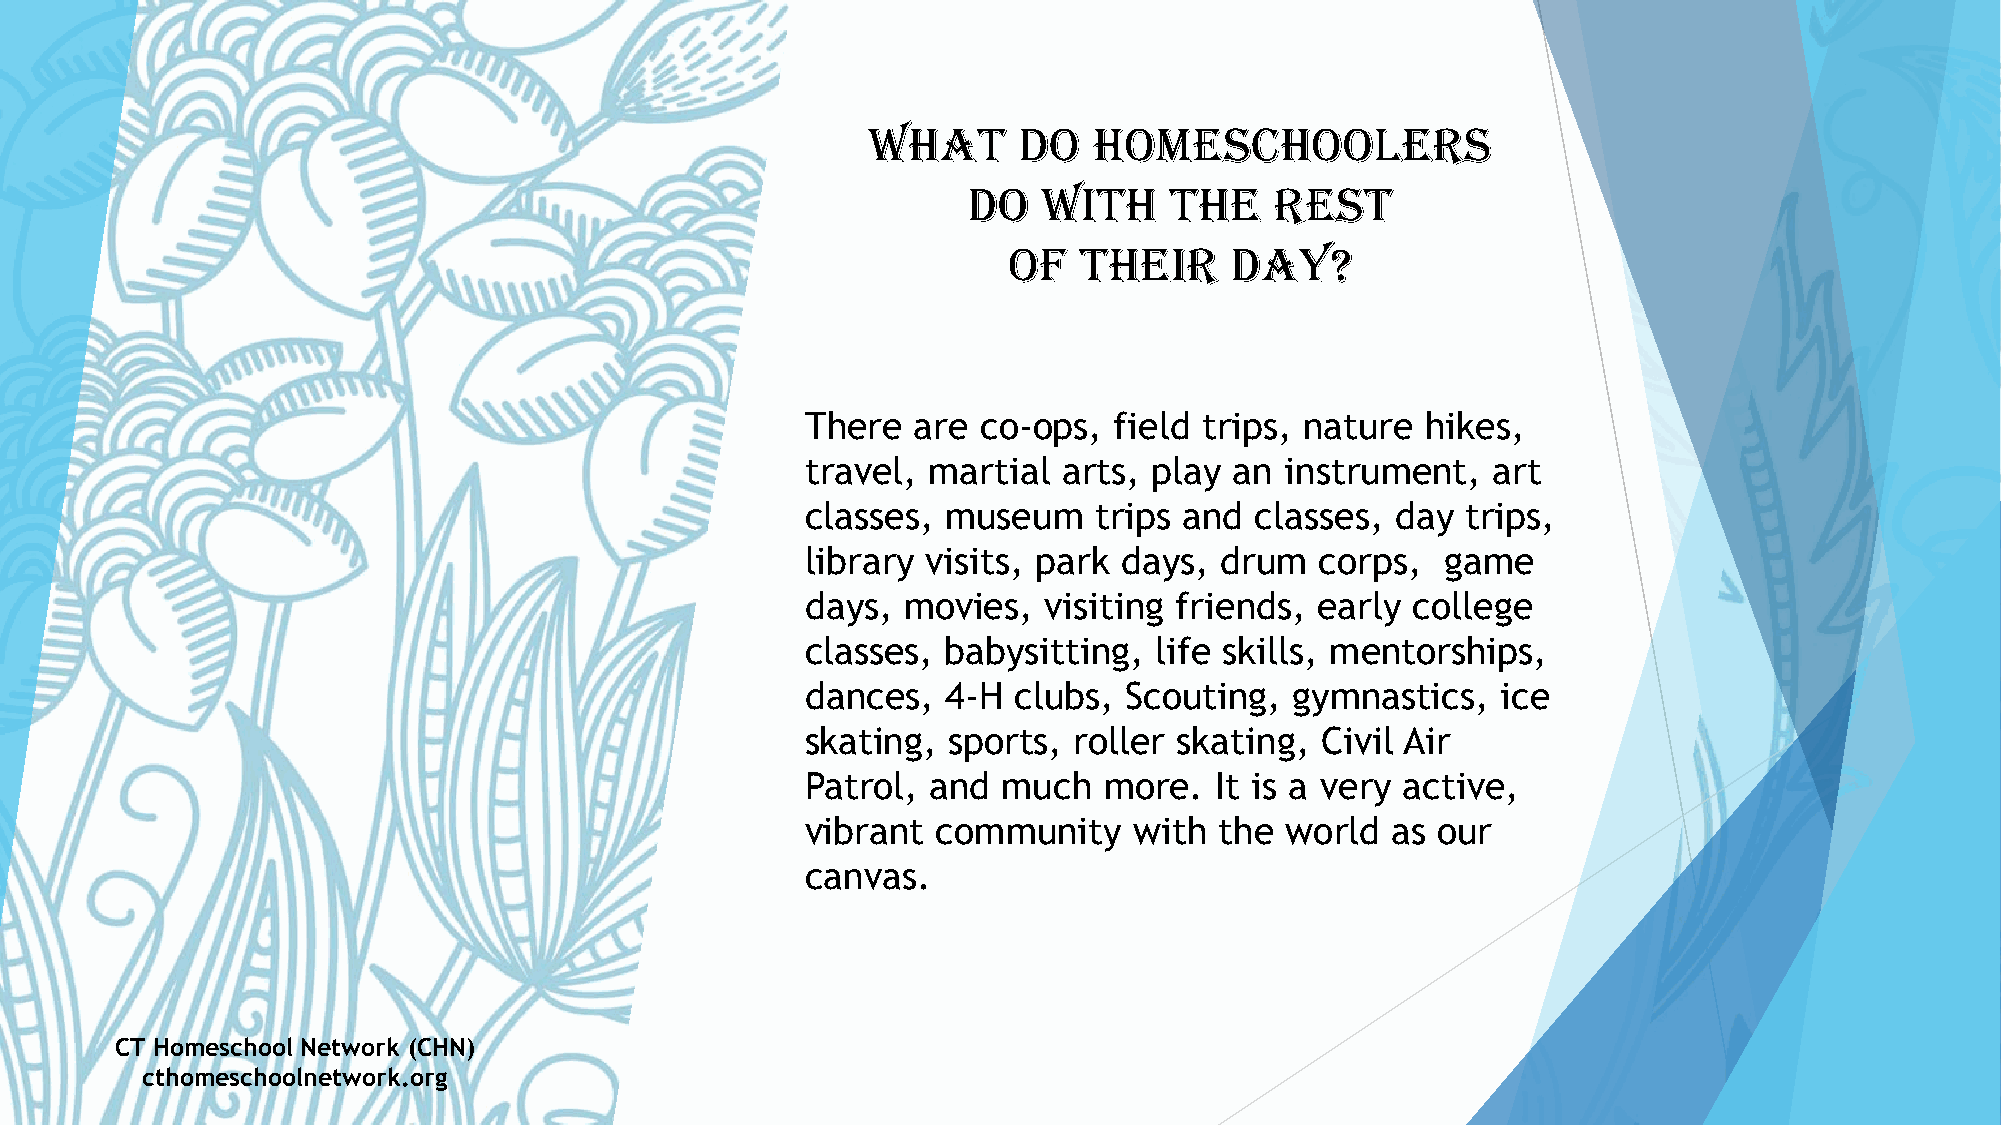
What      do   homeschoolers
 do   with    the    rest
 of  their     day?
 There  are  co-ops,  field trips, nature hikes,
 travel, martial  arts, play  an instrument,   art
 classes,  museum   trips and  classes, day  trips,
 library visits, park days,  drum  corps,   game
 days,  movies,  visiting friends, early college
 classes,  babysitting, life skills, mentorships,
 dances,   4-H clubs, Scouting,   gymnastics,  ice
 skating,  sports, roller skating, Civil Air
 Patrol, and  much   more.  It is a very active,
 vibrant  community    with  the world  as our
 canvas.
 CT Homeschool Network (CHN)
 cthomeschoolnetwork.org